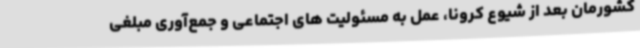
کشورمان بعد از شیوع کرونا، عمل به مسئولیت های اجتماعی و جمع‌آوری مبلغی